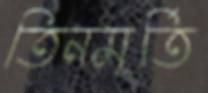
তিনমূর্তি